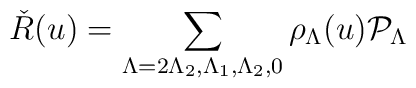
\check{R}(u) = \sum_{\Lambda=2\Lambda_2,\Lambda_1,\Lambda_2,0}\rho_{\Lambda}(u) {\cal P}_{\Lambda}